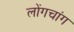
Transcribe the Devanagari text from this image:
लोंगचांग